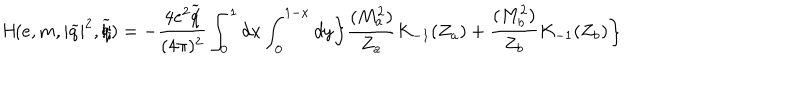
\textit { H } ( e , m , | \widetilde { q } | ^ { 2 } , \widetilde { q \hspace { - 0 . 2 c m } / } ) = - \frac { 4 e ^ { 2 } \widetilde { q \hspace { - 0 . 2 c m } / } } { ( 4 \pi ) ^ { 2 } } \int _ { 0 } ^ { 1 } d x \int _ { 0 } ^ { 1 - x } d y \biggl \{ \frac { ( M _ { a } ^ { 2 } ) } { Z _ { a } } K _ { - 1 } ( Z _ { a } ) + \frac { ( M _ { b } ^ { 2 } ) } { Z _ { b } } K _ { - 1 } ( Z _ { b } ) \biggr \}